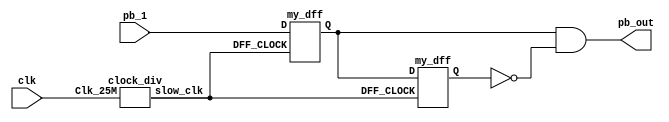
//fpga4student.com
// FPGA projects, Verilog projects, VHDL projects
// Verilog code for button debouncing on FPGA
// debouncing module 
// https://www.fpga4student.com/2017/04/simple-debouncing-verilog-code-for.html

module debounce(input pb_1,clk,output pb_out);
	wire slow_clk;
	wire Q1, Q2, Q2_bar;

	clock_div u1(clk,slow_clk);
	my_dff d1(slow_clk, pb_1,Q1);
	my_dff d2(slow_clk, Q1,Q2);

	assign Q2_bar = ~Q2;
	assign pb_out = Q1 & Q2_bar;
endmodule

// Slow clock for debouncing 
// input clk = 25.175 MHz; output clk = 400 Hz
module clock_div(input Clk_25M, output reg slow_clk);
    reg [15:0] counter = 16'd0;
    always@(posedge Clk_25M)
    begin
        counter <= (counter >= 16'd62_937)? 16'd0 : counter + 16'd1;
        slow_clk <= (counter < 16'd31_469)? 1'b0 : 1'b1;
    end
endmodule

// D-flip-flop for debouncing module 
module my_dff(input DFF_CLOCK, D, output reg Q);

    always @ (posedge DFF_CLOCK) begin
        Q <= D;
    end

endmodule